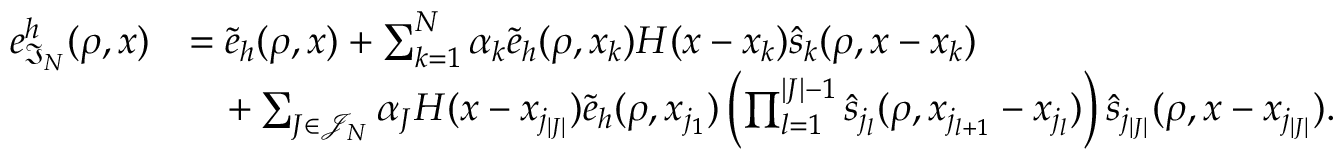
\begin{array} { r l } { e _ { \mathfrak { I } _ { N } } ^ { h } ( \rho , x ) } & { = \widetilde { e } _ { h } ( \rho , x ) + \sum _ { k = 1 } ^ { N } \alpha _ { k } \widetilde { e } _ { h } ( \rho , x _ { k } ) H ( x - x _ { k } ) \widehat { s } _ { k } ( \rho , x - x _ { k } ) } \\ & { \quad + \sum _ { J \in \mathcal { J } _ { N } } \alpha _ { J } H ( x - x _ { j _ { | J | } } ) \widetilde { e } _ { h } ( \rho , x _ { j _ { 1 } } ) \left( \prod _ { l = 1 } ^ { | J | - 1 } \widehat { s } _ { j _ { l } } ( \rho , x _ { j _ { l + 1 } } - x _ { j _ { l } } ) \right) \widehat { s } _ { j _ { | J | } } ( \rho , x - x _ { j _ { | J | } } ) . } \end{array}